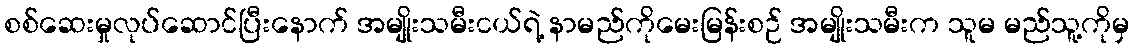
စစ်ဆေးမှုလုပ်ဆောင်ပြီးနောက် အမျိုးသမီးငယ်ရဲ့ နာမည်ကိုမေးမြန်းစဉ် အမျိုးသမီးက သူမ မည်သူ့ကိုမှ